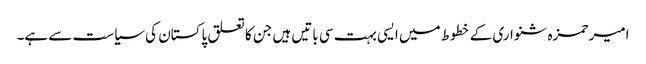
امیر حمزہ شنواری کے خطوط میں ایسی بہت سی باتیں ہیں جن کا تعلق پاکستان کی سیاست سے ہے۔